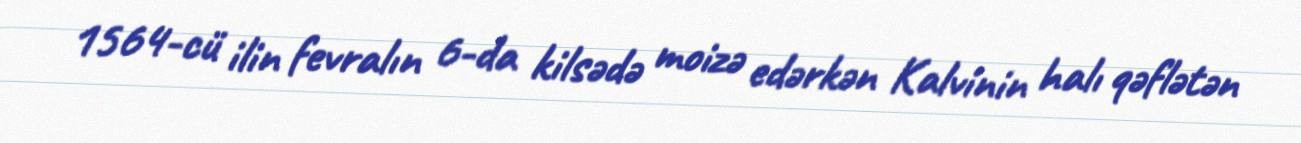
1564-cü ilin fevralın 6-da kilsədə moizə edərkən Kalvinin halı qəflətən